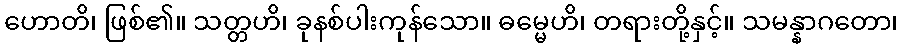
ဟောတိ၊ ဖြစ်၏။ သတ္တဟိ၊ ခုနစ်ပါးကုန်သော။ ဓမ္မေဟိ၊ တရားတို့နှင့်။ သမန္နာဂတော၊